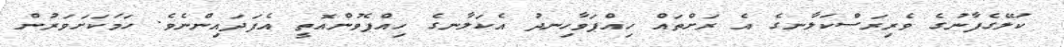
ކަލޭގެފާނުގެ ވެރިރަސްކަލާނގެ އެ ރަށްތައް ހިއްޕަވާހިނދު އެކަލާނގެ ހިއްޕެވުންއޮތީ އެފަދައިންނެވެ. ހަމަކަށަވަރުން